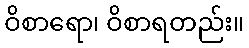
ဝိစာရော၊ ဝိစာရတည်း။